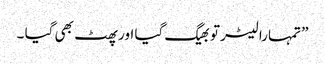
” تمہارا لیٹر تو بھیگ گیا اور پھٹ بھی گیا ۔